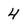
Character: 4